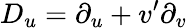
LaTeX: D_{u}=\partial_{u}+v^{\prime}\partial_{v}